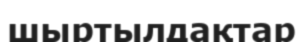
шыртылдақтар